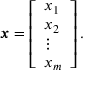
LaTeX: { \boldsymbol { x } } = { \left[ \begin{array} { l } { x _ { 1 } } \\ { x _ { 2 } } \\ { \vdots } \\ { x _ { m } } \end{array} \right] } \, .